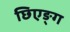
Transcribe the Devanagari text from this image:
छिएङ्ग